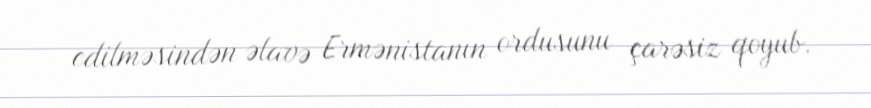
edilməsindən əlavə Ermənistanın ordusunu çarəsiz qoyub.